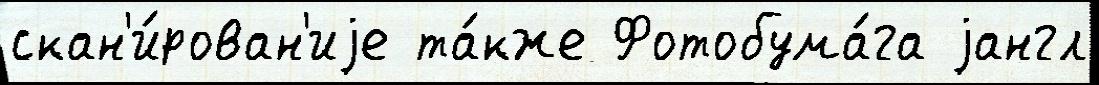
скан'и́рован'иjе та́кже Фотобума́га jангл